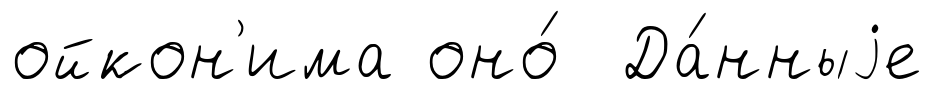
ойкон'има оно́ Да́нныjе